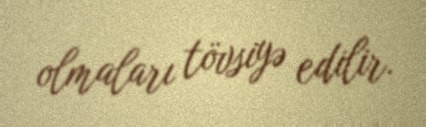
olmaları tövsiyə edilir.